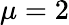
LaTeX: \mu=2